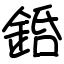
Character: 銽